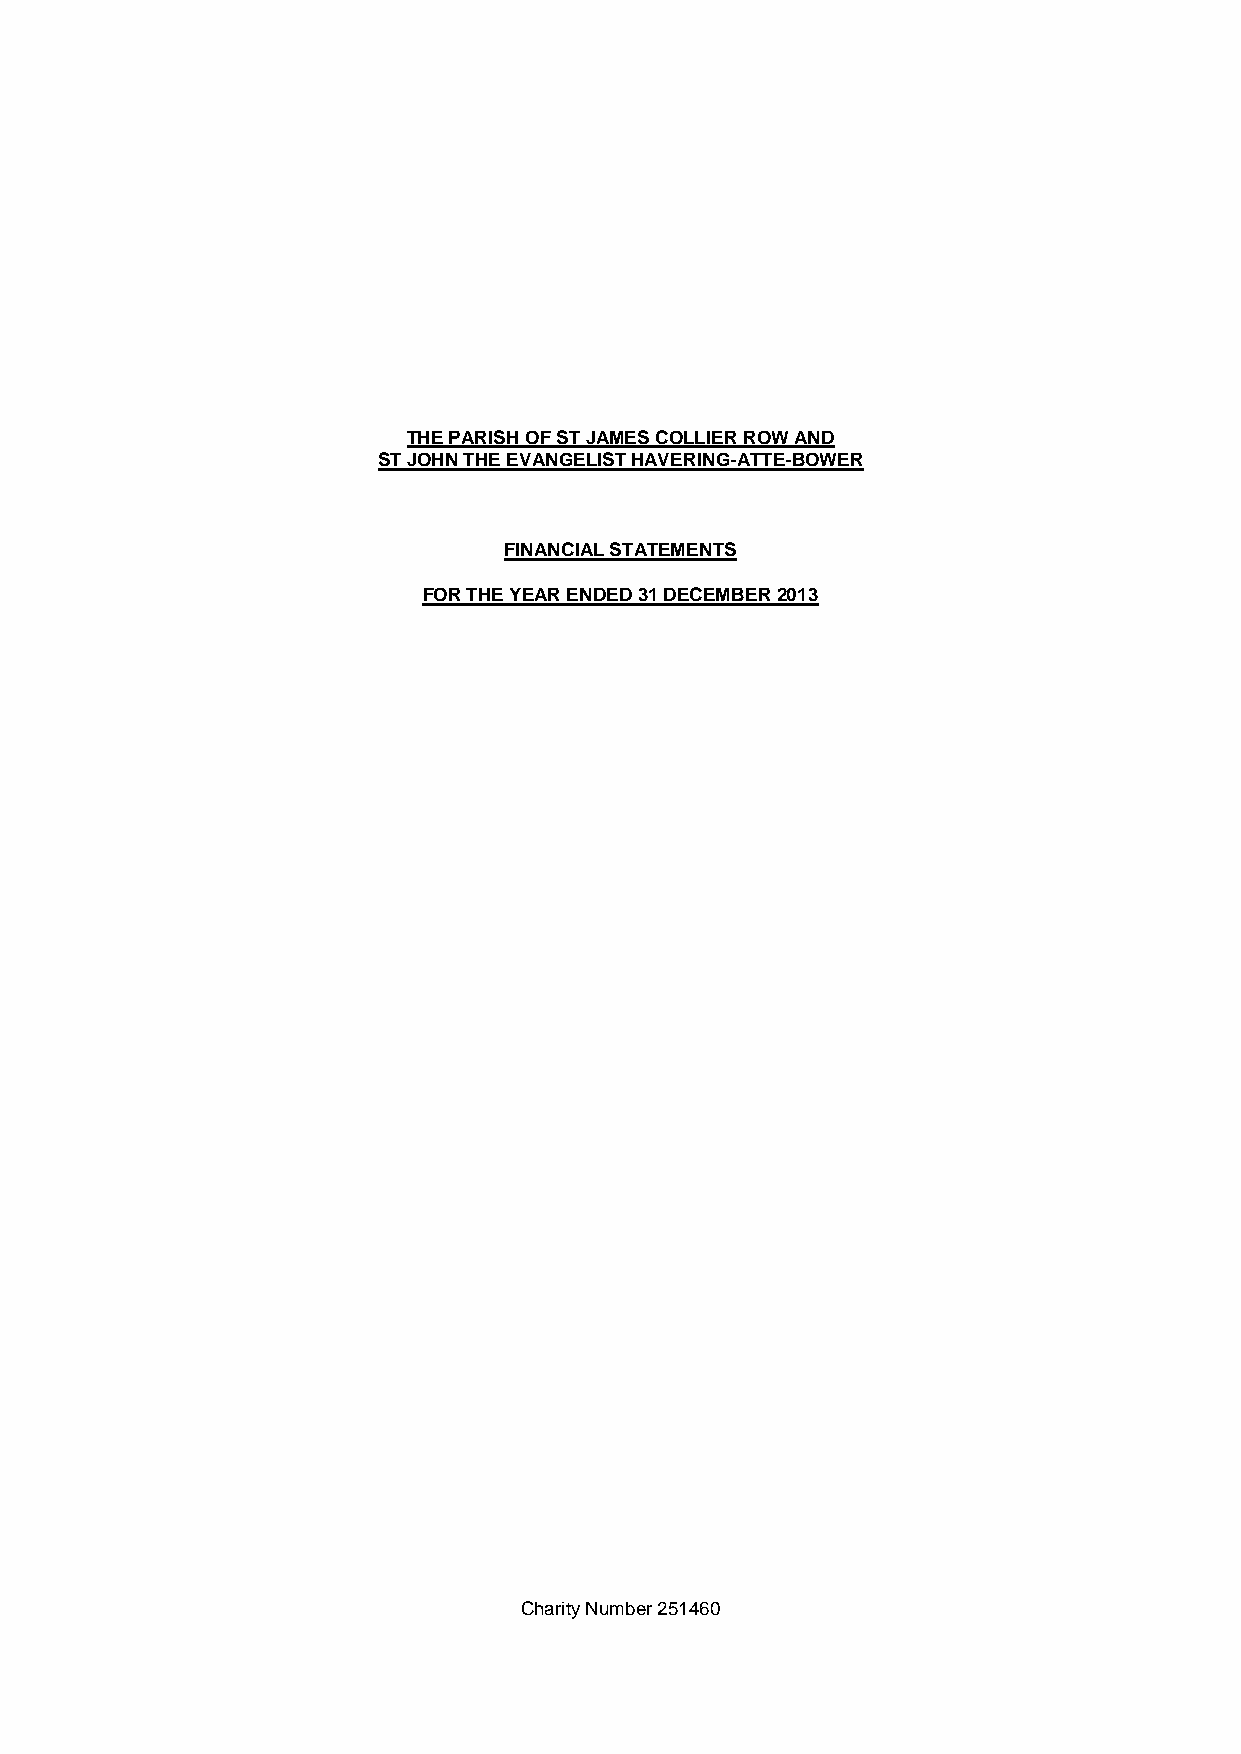
THE PARISH OF ST JAMES COLLIER ROW AND
 ST JOHN THE EVANGELIST HAVERING-ATTE-BOWER
 FINANCIAL STATEMENTS
 FOR THE YEAR ENDED 31 DECEMBER 2013
 Charity Number 251460